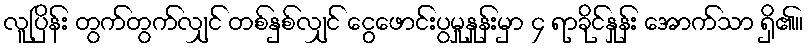
လူပြိန်း တွက်တွက်လျှင် တစ်နှစ်လျှင် ငွေဖောင်းပွမှုနှုန်းမှာ ၄ ရာခိုင်နှုန်း အောက်သာ ရှိ၏။